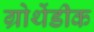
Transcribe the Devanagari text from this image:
ग्रोथेंडीक